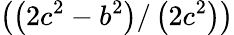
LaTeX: \left(\left(2c^{2}-b^{2}\right)/\left(2c^{2}\right)\right)